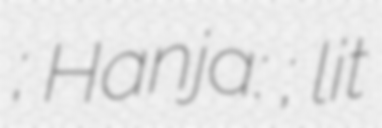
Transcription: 사건; Hanja: 信川良民虐殺事件; lit